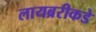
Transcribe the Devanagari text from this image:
लायब्ररीकडे